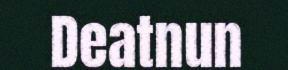
Deatnun